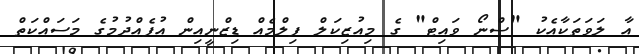
އާ ލަވަތަކާއެކު "ސްނޯ ވައިޓް" ގެ މިއުޒިކަލް ފިލްމެއް ޑިޒްނީއިން އުފެއްދުމުގެ މަސައްކަތް